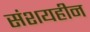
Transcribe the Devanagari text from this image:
संशयहीन